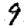
Digit: 9